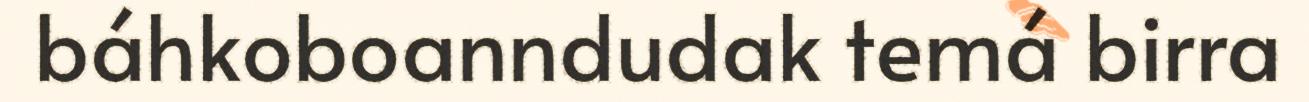
báhkoboanndudak temá birra